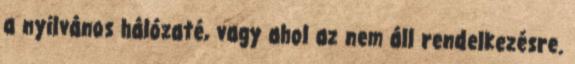
a nyilvános hálózaté, vagy ahol az nem áll rendelkezésre.